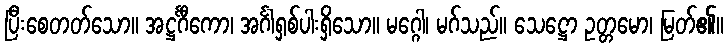
ပြီးစေတတ်သော။ အဋ္ဌင်္ဂီကော၊ အင်္ဂါရှစ်ပါးရှိသော။ မဂ္ဂေါ၊ မဂ်သည်။ သေဋ္ဌော ဥတ္တမော၊ မြတ်၏။